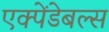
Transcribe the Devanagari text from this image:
एक्पेंडेबल्स